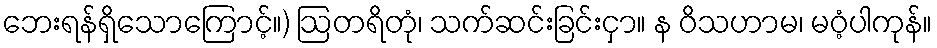
ဘေးရန်ရှိသောကြောင့်။) ဩတရိတုံ၊ သက်ဆင်းခြင်းငှာ။ န ဝိသဟာမ၊ မဝံ့ပါကုန်။